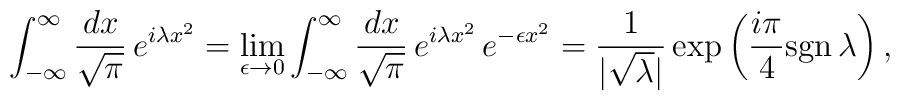
\int_{-\infty}^\infty \frac{dx}{\sqrt{\pi}} \, e^{i\lambda x^2} =\lim_{\epsilon \rightarrow 0}\int_{-\infty}^\infty \frac{dx}{\sqrt{\pi}} \, e^{i\lambda x^2} \,e^{-\epsilon x^2} =\frac{1}{|\sqrt{\lambda}|} \exp \left( \frac{i\pi}{4} \mbox{sgn} \, \lambda\right),